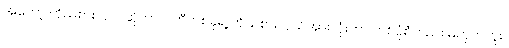
အဲတော့ ကိုယ်စားလှယ်ဆိုတာ ပါတီတစ်ခုရဲ့ ကိုယ်စားလှယ်အားလုံးဟာ တစ်ပုံစံတည်း မဟုတ်ဘူး။